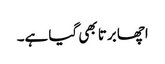
اچھا برتا بھی گیا ہے۔